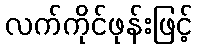
လက်ကိုင်ဖုန်းဖြင့်